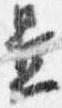
置